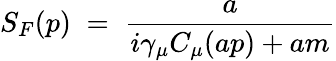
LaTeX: S_{F}(p)\; =\; \frac{a}{i\gamma_{\mu}C_{\mu}(ap)+am}